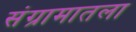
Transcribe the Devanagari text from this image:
संग्रामातला